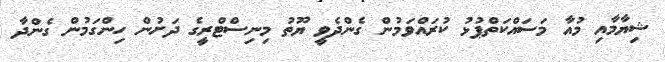
ޝިޔާމާއި މުއާ މަސައްކަތްޕުޅު ކުރައްވަމުން ގެންދެވީ ޔޫތު މިނިސްޓްރީގެ ދަށުން ހިންގަމުން ގެންދާ